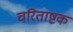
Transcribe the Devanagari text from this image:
चरिताष्टक